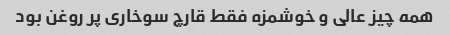
همه چیز عالی و خوشمزه فقط قارچ سوخاری پر روغن بود